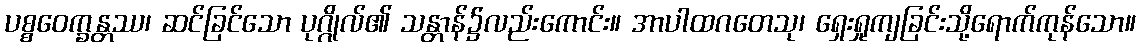
ပစ္စဝေက္ခန္တဿ၊ ဆင်ခြင်သော ပုဂ္ဂိုလ်၏ သန္တာန်၌လည်းကောင်း။ အာပါထဂတေသု၊ ရှေးရှုကျခြင်းသို့ရောက်ကုန်သော။